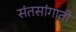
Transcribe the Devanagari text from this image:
संतसांगाती